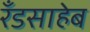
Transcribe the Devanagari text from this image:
रँडसाहेब